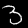
Label: 3